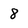
Character: 8